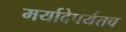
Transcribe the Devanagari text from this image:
मर्यादेपर्यंतच